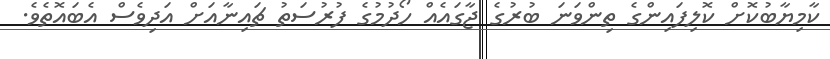
ކާމިޔާބުކޮށް ކޮލިފައިންގެ ތިންވަނަ ބުރުގެ ޖާގައެއް ހޯދުމުގެ ފުރުސަތު ޗައިނާއަށް އަދިވެސް އެބައޮތެވެ.